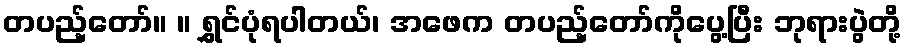
တပည့်တော်။ ။ ရွှင်ပုံရပါတယ်၊ အဖေက တပည့်တော်ကိုပွေ့ပြီး ဘုရားပွဲတို့